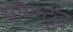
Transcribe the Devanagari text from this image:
पॉयन्ट्ज़